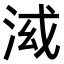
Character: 𣴤